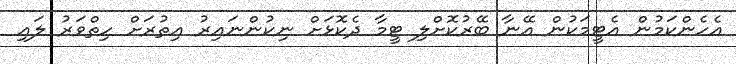
އެހެންކަމުން އެޓީމަކުން އޭނާ ބޭރުކޮށްލި ޓީމާ ދެކޮޅަށް ނިކުންނައިރު އިތުރަށް ހިތްވަރު ލައި